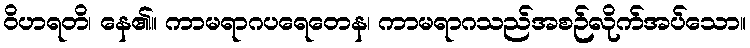
ဝိဟရတိ၊ နေ၏။ ကာမရာဂပရေတေန၊ ကာမရာဂသည်အစဉ်လိုက်အပ်သော။